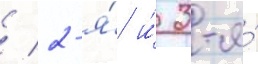
/ 2-я́ и́ 3-я́